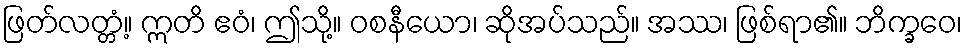
ဖြတ်လတ္တံ့။ ဣတိ ဧဝံ၊ ဤသို့။ ဝစနီယော၊ ဆိုအပ်သည်။ အဿ၊ ဖြစ်ရာ၏။ ဘိက္ခဝေ၊